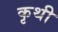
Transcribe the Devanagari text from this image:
कृथी